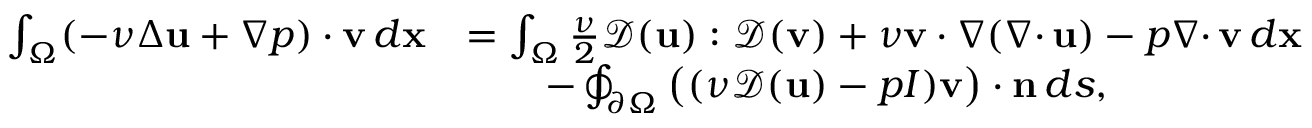
\begin{array} { r l } { \int _ { \Omega } ( - \nu \Delta { \mathbf u } + \nabla p ) \cdot { \mathbf v } \, d { \mathbf x } } & { = \int _ { \Omega } \frac { \nu } { 2 } { \mathcal { D } } ( { \mathbf u } ) : { \mathcal { D } } ( { \mathbf v } ) + \nu { \mathbf v } \cdot \nabla ( { { \nabla \cdot } \, } { \mathbf u } ) - p { { \nabla \cdot } \, } { \mathbf v } \, d { \mathbf x } } \\ & { \qquad - \oint _ { { \partial \Omega } } \big ( ( \nu { \mathcal { D } } ( { \mathbf u } ) - p I ) { \mathbf v } \big ) \cdot { \mathbf n } \, d s , } \end{array}